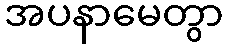
အပနာမေတွာ